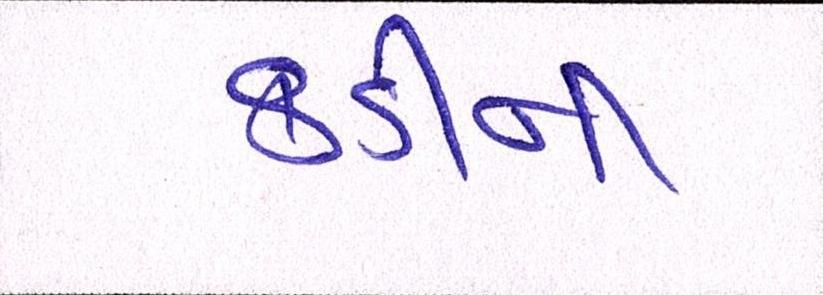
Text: કડીની